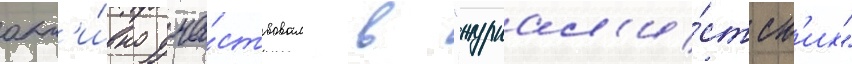
акт'и́вно уча́ствовал в "журнал'и́стск'их"